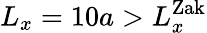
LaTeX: L_{x}=10a>L_{x}^{\mathrm{Zak}}